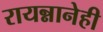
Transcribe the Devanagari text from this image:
रायन्नानेही